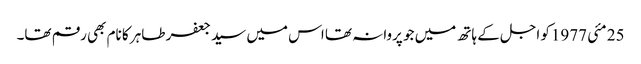
25 مئی 1977کو اجل کے ہاتھ میں جو پروانہ تھا اس میں سید جعفر طاہر کا نام بھی رقم تھا۔